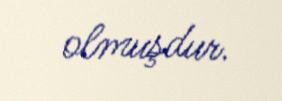
olmuşdur.